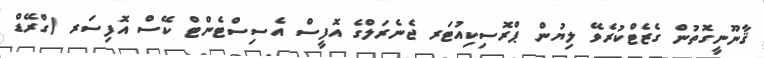
ޤާނޫނީގޮތުން ގެޒެޓްކުރެވޭ ލިޔުން ޕްރޮސިކިއުޓަރ ޖެނެރަލްގެ އޮފީސް އެސިސްޓެންޓް ކޭސް އޮފިސަރ (ގްރޭޑް